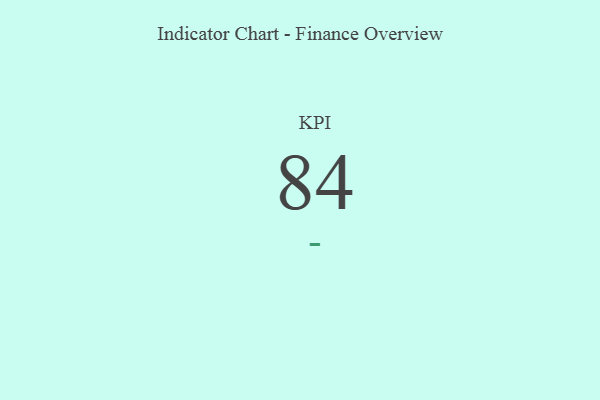
{"axis": {"x": "KPI", "y": "Value"}, "legend": [""], "data": [{"x": "KPI", "y": 84, "type": ""}]}